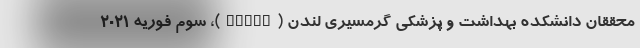
محققان دانشکده بهداشت و پزشکی گرمسیری لندن (LSHTM)، سوم فوریه ۲۰۲۱